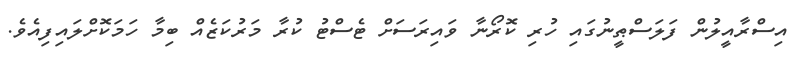
އިސްރާއީލުން ފަލަސްޠީނުގައި ހުރި ކޮރޯނާ ވައިރަސަށް ޓެސްޓު ކުރާ މަރުކަަޒެއް ބިމާ ހަމަކޮށްލައިފިއެވެ.